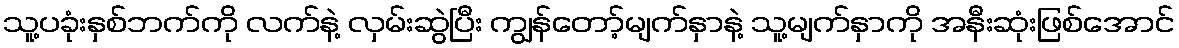
သူ့ပခုံးနှစ်ဘက်ကို လက်နဲ့ လှမ်းဆွဲပြီး ကျွန်တော့်မျက်နှာနဲ့ သူ့မျက်နှာကို အနီးဆုံးဖြစ်အောင်